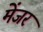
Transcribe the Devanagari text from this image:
मेंजर